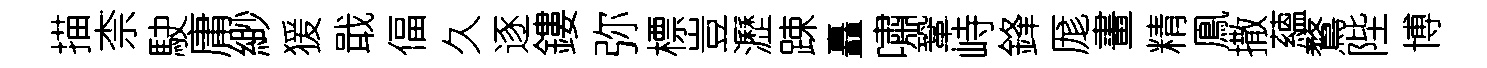
描柰駛庸緲猨戢偪久逐鏤弥標豈瀝踈矗嘯鞏峙鋒厖畫精鳯撒蘊鶩陛博